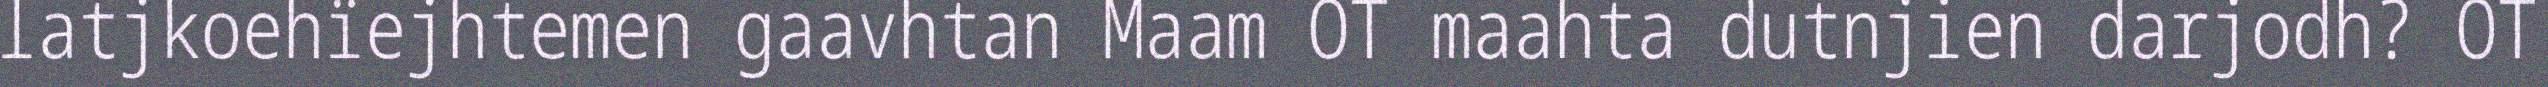
latjkoehïejhtemen gaavhtan Maam OT maahta dutnjien darjodh? OT